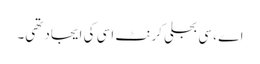
اے ، سی بجلی کرنٹ اسی کی ایجاد تھی۔